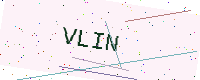
Text: VLIN